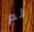
لم